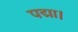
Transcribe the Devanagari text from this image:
पद्मा।